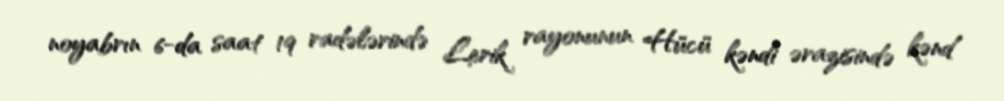
noyabrın 6-da saat 19 radələrində Lerik rayonunun Hücü kəndi ərazisində kənd